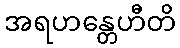
အရဟန္တေဟီတိ